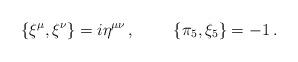
LaTeX: \begin{align*}\{\xi^\mu,\xi^\nu \}=i\eta^{\mu\nu}\,,~~~~~~~ \{\pi_5,\xi_5 \}=-1\,.\end{align*}